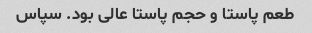
طعم پاستا و حجم پاستا عالی بود. سپاس